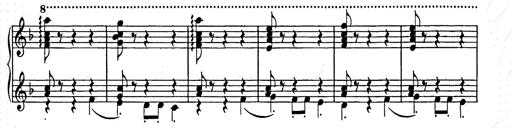
Title: Weihnachtsbaum
Composer: Franz Liszt